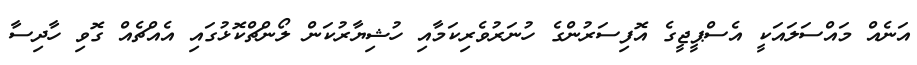
އަނެއް މައްސަލައަކީ އެސްޕީޖީގެ އޮފިސަރުންގެ ހުނަރުވެރިކަމާއި ހުޝިޔާރުކަން ލޯންޗްކޮޅުގައި އެއްޗެއް ގޮވި ހާދިސާ